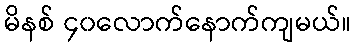
မိနစ် ၄၀လောက်နောက်ကျမယ်။